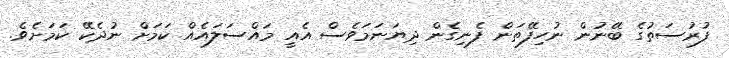
ފުރުސަތުގެ ބޭނުން ނުހިފޭތަން ފެނިގެން ދިޔަނަމަވެސް އެއީ މައްސަލައެއް ކަމަށް ނުދެކޭ ކަމަށެވެ.